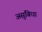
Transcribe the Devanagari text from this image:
असुबिधा